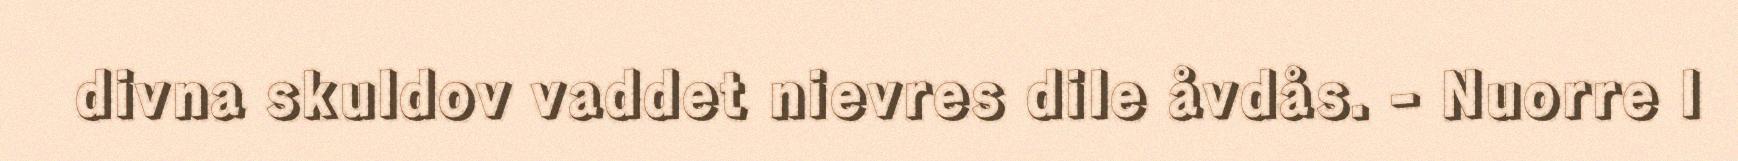
divna skuldov vaddet nievres dile åvdås. - Nuorre l